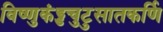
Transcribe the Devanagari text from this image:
विष्णुकंड्डचुटुसातकर्णि